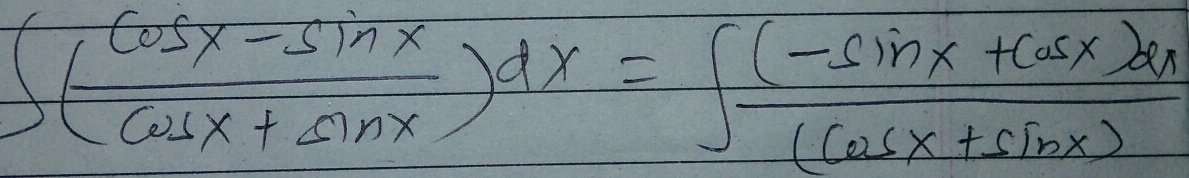
\[
\int\left(\frac{\cos x-\sin x}{\cos x+\sin x}\right)dx=\int\frac{(-\sin x+\cos x)}{(\cos x+\sin x)}
\]